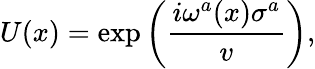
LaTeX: U(x)=\exp\left(\frac{i\omega^{a}(x)\sigma^{a}}{v}\right),